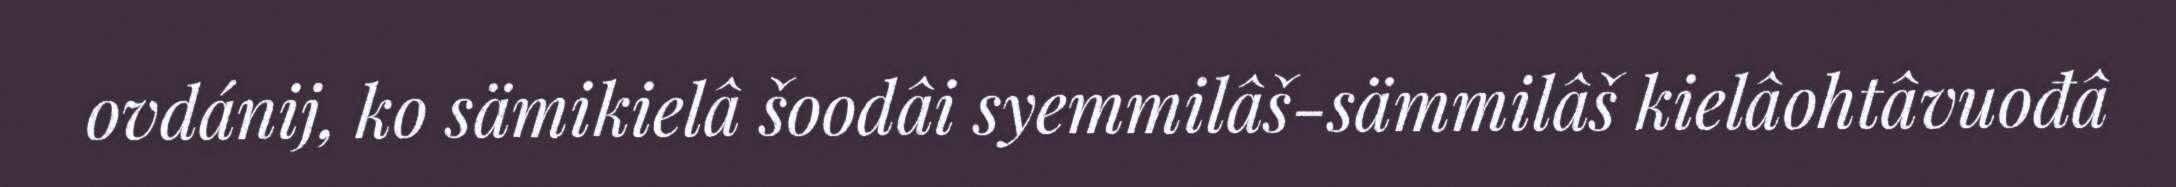
ovdánij, ko sämikielâ šoodâi syemmilâš-sämmilâš kielâohtâvuođâ